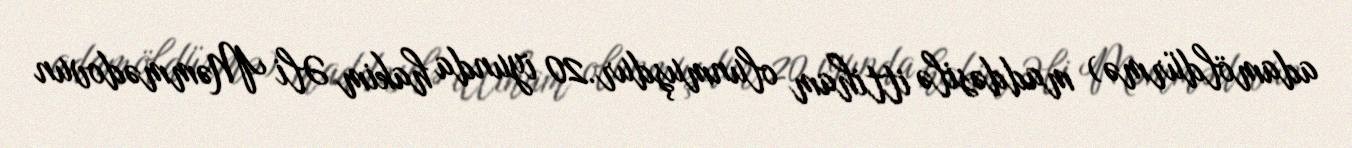
adamöldürmə) maddəsilə ittiham olunmuşdur.20 iyunda hakim Əli Məmmədovun